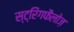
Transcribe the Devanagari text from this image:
स्ट्रिंगफैलोज़